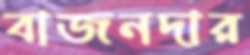
বাজনদার